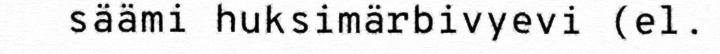
säämi huksimärbivyevi (el.